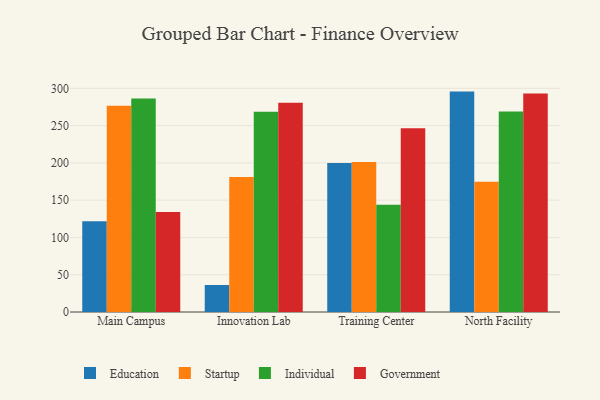
{"axis": {"x": "Campus", "y": "Inventory Turnover"}, "legend": ["Education", "Government", "Individual", "Startup"], "data": [{"x": "Main Campus", "y": 121.6, "type": "Education"}, {"x": "Main Campus", "y": 276.7, "type": "Startup"}, {"x": "Main Campus", "y": 286.3, "type": "Individual"}, {"x": "Main Campus", "y": 134.0, "type": "Government"}, {"x": "Innovation Lab", "y": 36.2, "type": "Education"}, {"x": "Innovation Lab", "y": 181.0, "type": "Startup"}, {"x": "Innovation Lab", "y": 268.7, "type": "Individual"}, {"x": "Innovation Lab", "y": 280.7, "type": "Government"}, {"x": "Training Center", "y": 199.8, "type": "Education"}, {"x": "Training Center", "y": 201.3, "type": "Startup"}, {"x": "Training Center", "y": 143.7, "type": "Individual"}, {"x": "Training Center", "y": 246.6, "type": "Government"}, {"x": "North Facility", "y": 295.6, "type": "Education"}, {"x": "North Facility", "y": 174.6, "type": "Startup"}, {"x": "North Facility", "y": 269.0, "type": "Individual"}, {"x": "North Facility", "y": 292.9, "type": "Government"}]}